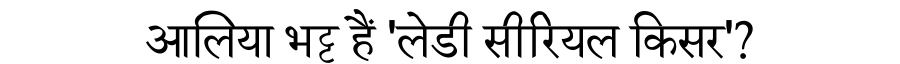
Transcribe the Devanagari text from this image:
आलिया भट्ट हैं 'लेडी सीरियल किसर'?